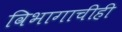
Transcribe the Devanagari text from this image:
विभागाचीही